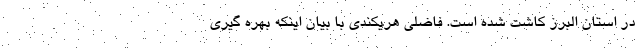
در استان البرز کاشت شده است. فاضلی هریکندی با بیان اینکه بهره گیری